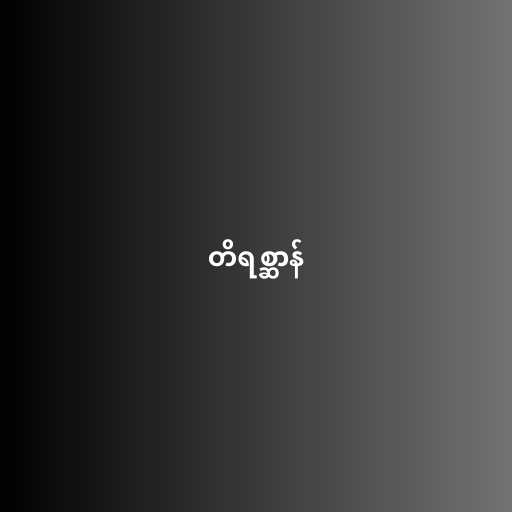
တိရစ္ဆာန်